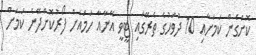
ކޮށްގެން ކަމަށާއި 10 ދުވަހުގެ ތެރޭގައި ޓީވީ އޭނާއާ ހަމައަށް ފޯރުކޮށްދޭނެ ކަމަށް